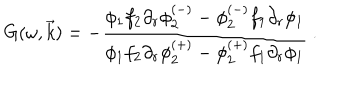
G ( \omega , \vec { k } ) = - \frac { \phi _ { 1 } f _ { 2 } \partial _ { r } \phi _ { 2 } ^ { ( - ) } - \phi _ { 2 } ^ { ( - ) } f _ { 1 } \partial _ { r } \phi _ { 1 } } { \phi _ { 1 } f _ { 2 } \partial _ { r } \phi _ { 2 } ^ { ( + ) } - \phi _ { 2 } ^ { ( + ) } f _ { 1 } \partial _ { r } \phi _ { 1 } } \ .